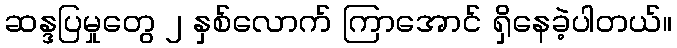
ဆန္ဒပြမှုတွေ ၂ နှစ်လောက် ကြာအောင် ရှိနေခဲ့ပါတယ်။